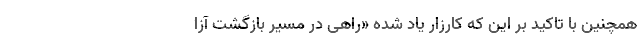
همچنین با تاکید بر این که کارزار یاد شده «راهی در مسیر بازگشت آزا